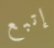
إتبع